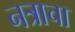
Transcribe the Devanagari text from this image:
नत्राचा